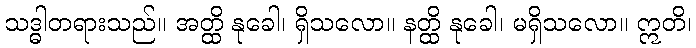
သဒ္ဓါတရားသည်။ အတ္ထိ နုခေါ၊ ရှိသလော။ နတ္ထိ နုခေါ၊ မရှိသလော။ ဣတိ၊